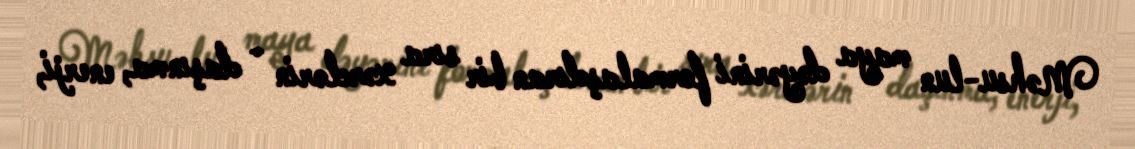
Məhsu­lun maya dəyərini formalaşdıran bir sıra xərclərin - daşınma, enerji,